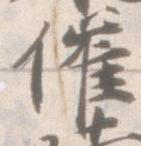
催